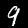
Label: 9